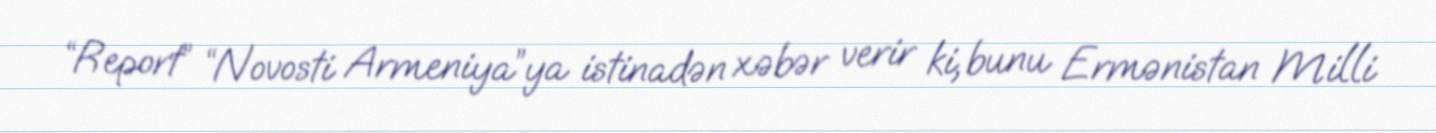
“Report” “Novosti Armeniya”ya istinadən xəbər verir ki, bunu Ermənistan Milli